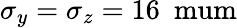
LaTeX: \sigma_{y}=\sigma_{z}=16~\mathrm{\ mum}